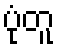
ပုံတူ